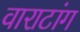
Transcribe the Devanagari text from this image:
वाराटांग